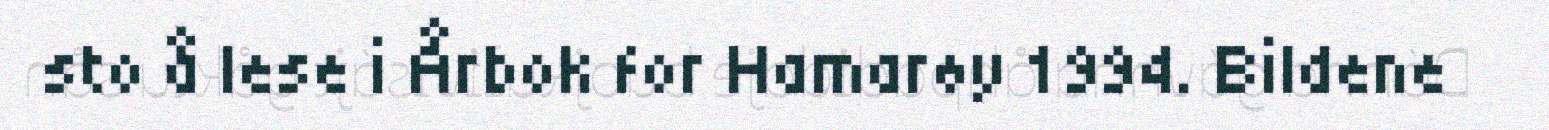
sto å lese i Årbok for Hamarøy 1994. Bildene